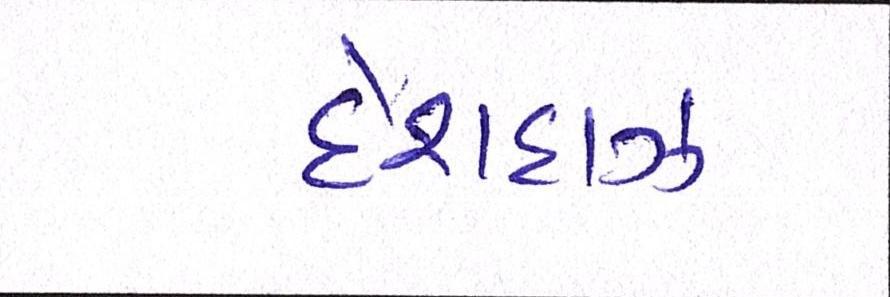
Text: દેશદાઝ